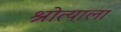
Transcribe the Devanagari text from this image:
श्रोत्याला